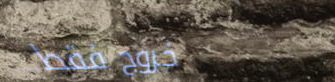
خروج فقط